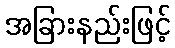
အခြားနည်းဖြင့်